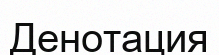
Денотация